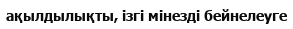
ақылдылықты, ізгі мінезді бейнелеуге